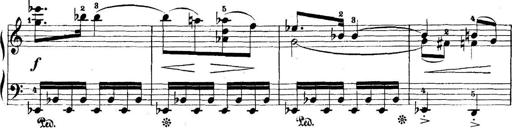
Title: 5 Sonatinas
Composer: Theodor Kirchner